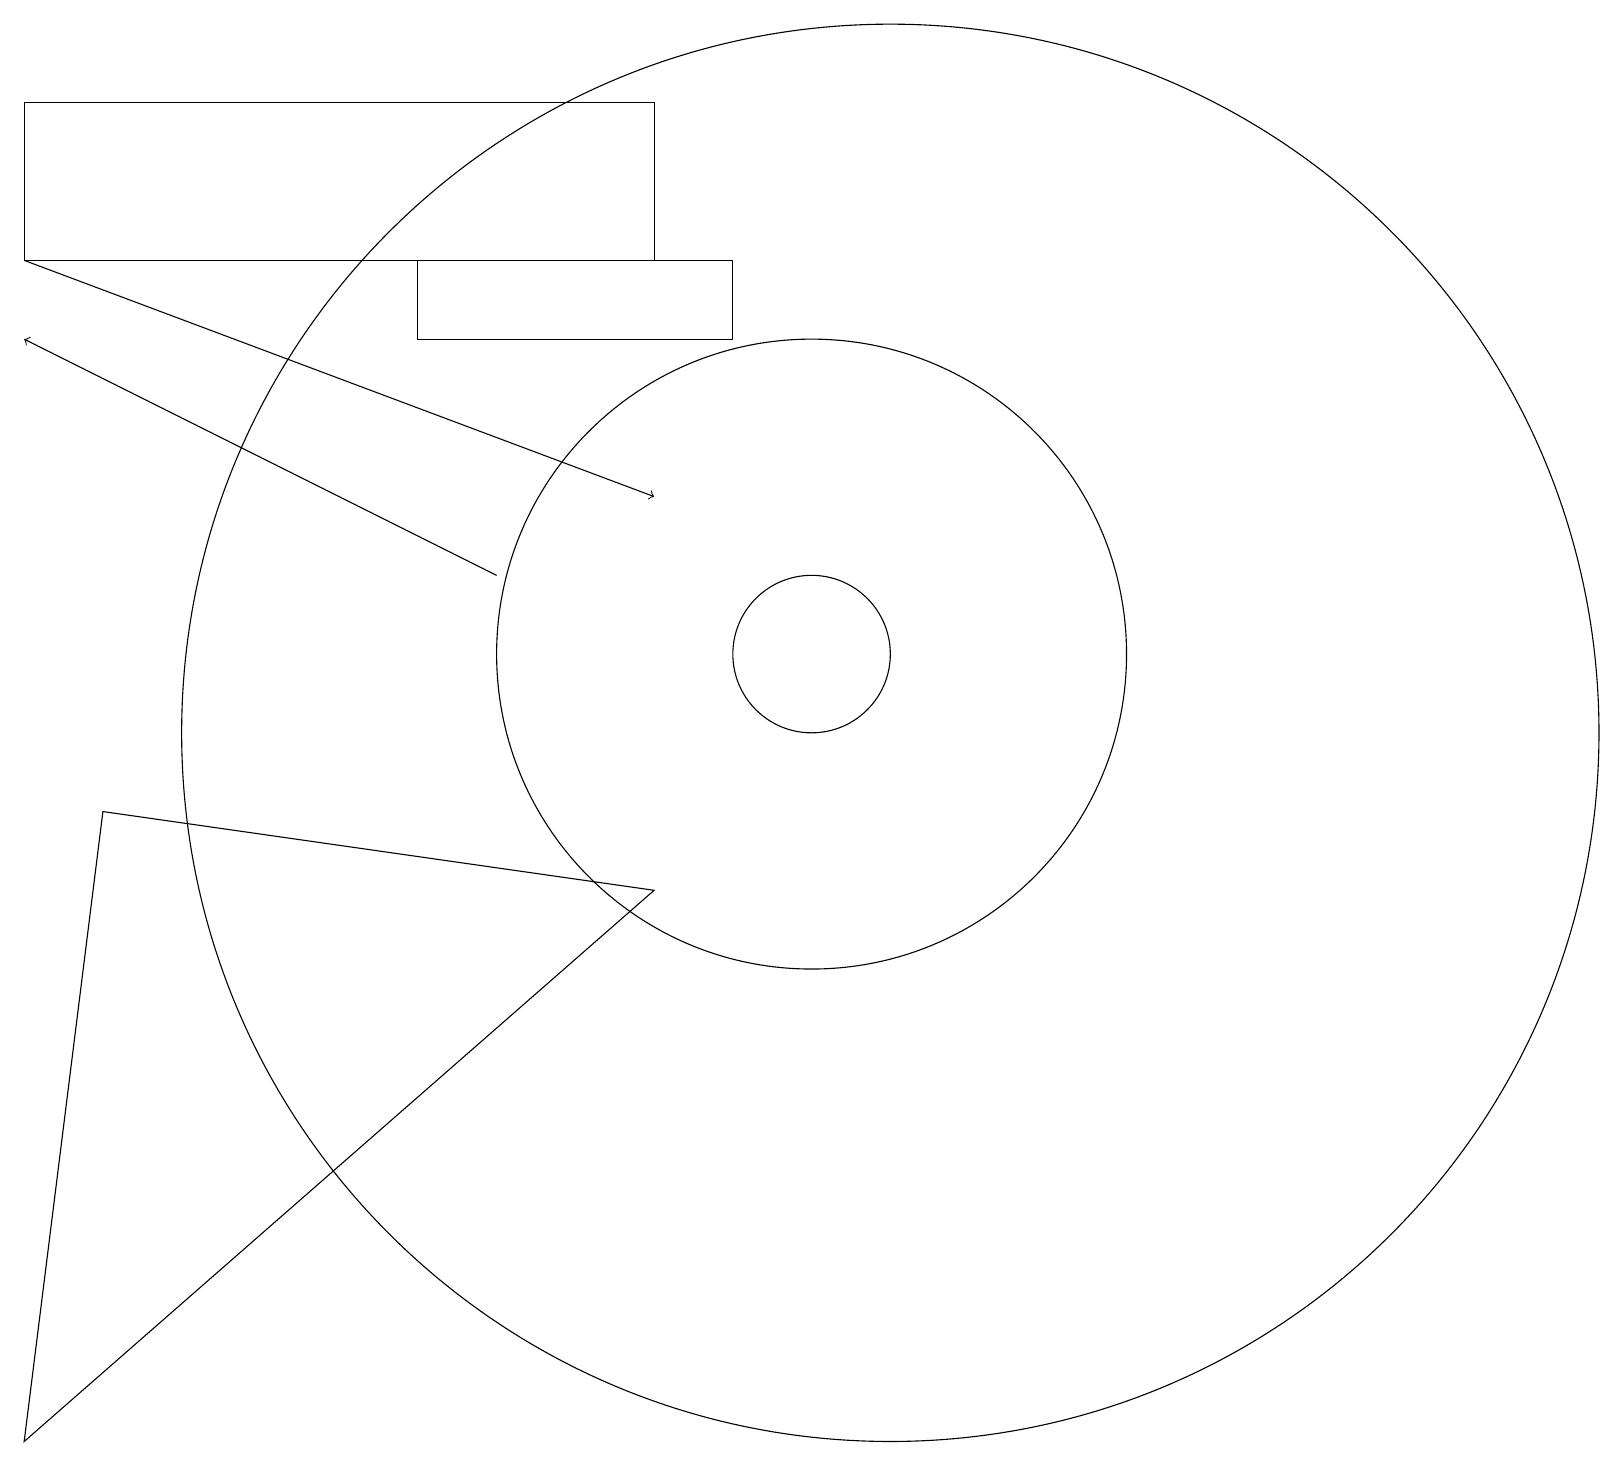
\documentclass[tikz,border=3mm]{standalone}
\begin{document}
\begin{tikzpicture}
\draw (10,11) circle (1);
\draw (1,9) -- (0,1) -- (8,8) -- cycle;
\draw (5,15) rectangle (9,16);
\draw[->] (0,16) -- (8,13);
\draw (11,10) circle (9);
\draw (8,16) rectangle (0,18);
\draw (10,11) circle (4);
\draw[->] (6,12) -- (0,15);
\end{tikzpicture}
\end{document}